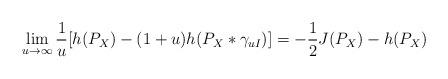
LaTeX: \begin{align*}\lim_{u\to\infty}\frac1{u}[h(P_X)-(1+u)h(P_X*\gamma_{uI})]&=-\frac1{2}J(P_X)-h(P_X) \end{align*}